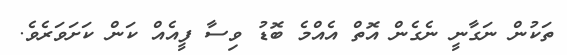
ތަކުން ނަގާނީ ނެގެން އޮތް އެއްމެ ބޮޑު ވިސާ ފީއެއް ކަން ކަށަވަރެވެ.